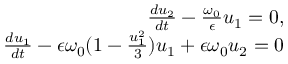
\begin{array} { r } { \frac { d u _ { 2 } } { d t } - \frac { \omega _ { 0 } } { \epsilon } u _ { 1 } = 0 , } \\ { \frac { d u _ { 1 } } { d t } - \epsilon \omega _ { 0 } ( 1 - \frac { u _ { 1 } ^ { 2 } } { 3 } ) u _ { 1 } + \epsilon \omega _ { 0 } u _ { 2 } = 0 } \end{array}